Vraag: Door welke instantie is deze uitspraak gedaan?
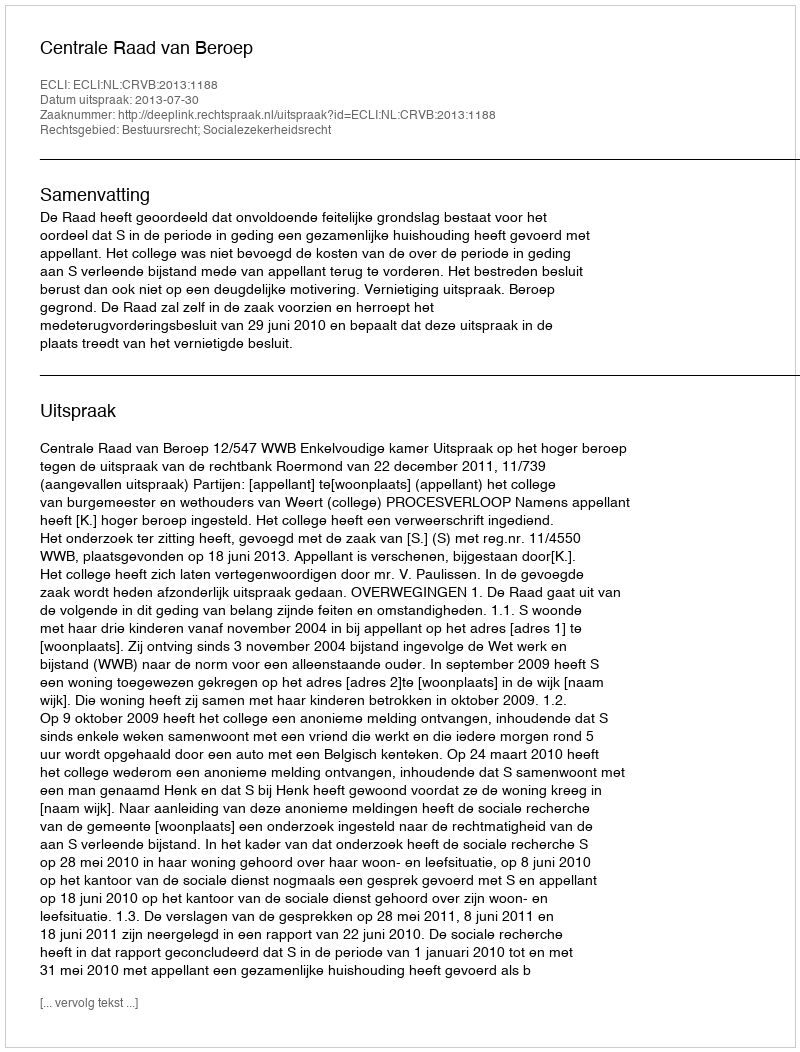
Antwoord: Centrale Raad van Beroep